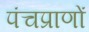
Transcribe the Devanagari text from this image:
पंचप्राणों